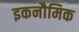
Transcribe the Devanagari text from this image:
इकनौमिक